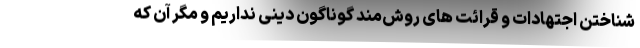
شناختن اجتهادات و قرائت های روش‌مند گوناگون دینی نداریم و مگر آن که